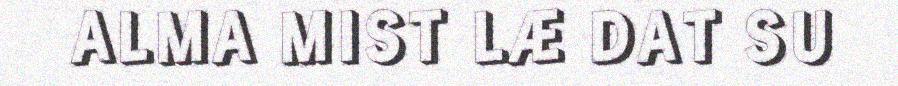
ALMA MIST LÆ DAT SU